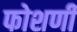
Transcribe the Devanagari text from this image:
फोशणी